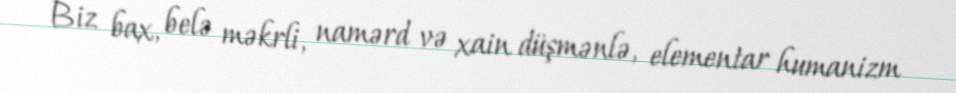
Biz bax, belə məkrli, namərd və xain düşmənlə, elementar humanizm